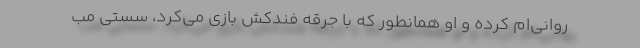
روانی‌ام کرده و او همانطور که با جرقه فندکش بازی می‌کرد، سُستی مب